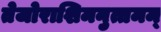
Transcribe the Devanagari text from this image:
तेजोराशिमनुत्तमम्